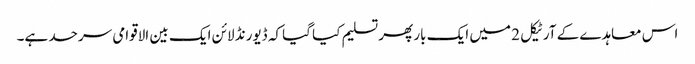
اس معاہدے کے آرٹیکل 2 میں ایک بار پھر تسلیم کیا گیا کہ ڈیورنڈ لائن ایک بین الاقوامی سرحد ہے۔